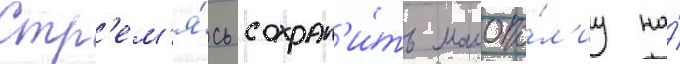
Стр'ем'я́сь сохран'и́ть монопо́л'иу на́